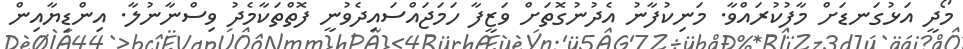
މޯދީ އަޅުގަނޑަށް މާފުކުރައްވާ. މަނިކުފާނު އެދުނުގޮތަށް ވަޒީފާ ހަމަޖައްސައިދެވުނީ ފޮތްތަކާމެދު ވިސްނާނުލާ. އިންޑިޔާއިން